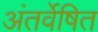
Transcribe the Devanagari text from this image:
अंतर्वेषित